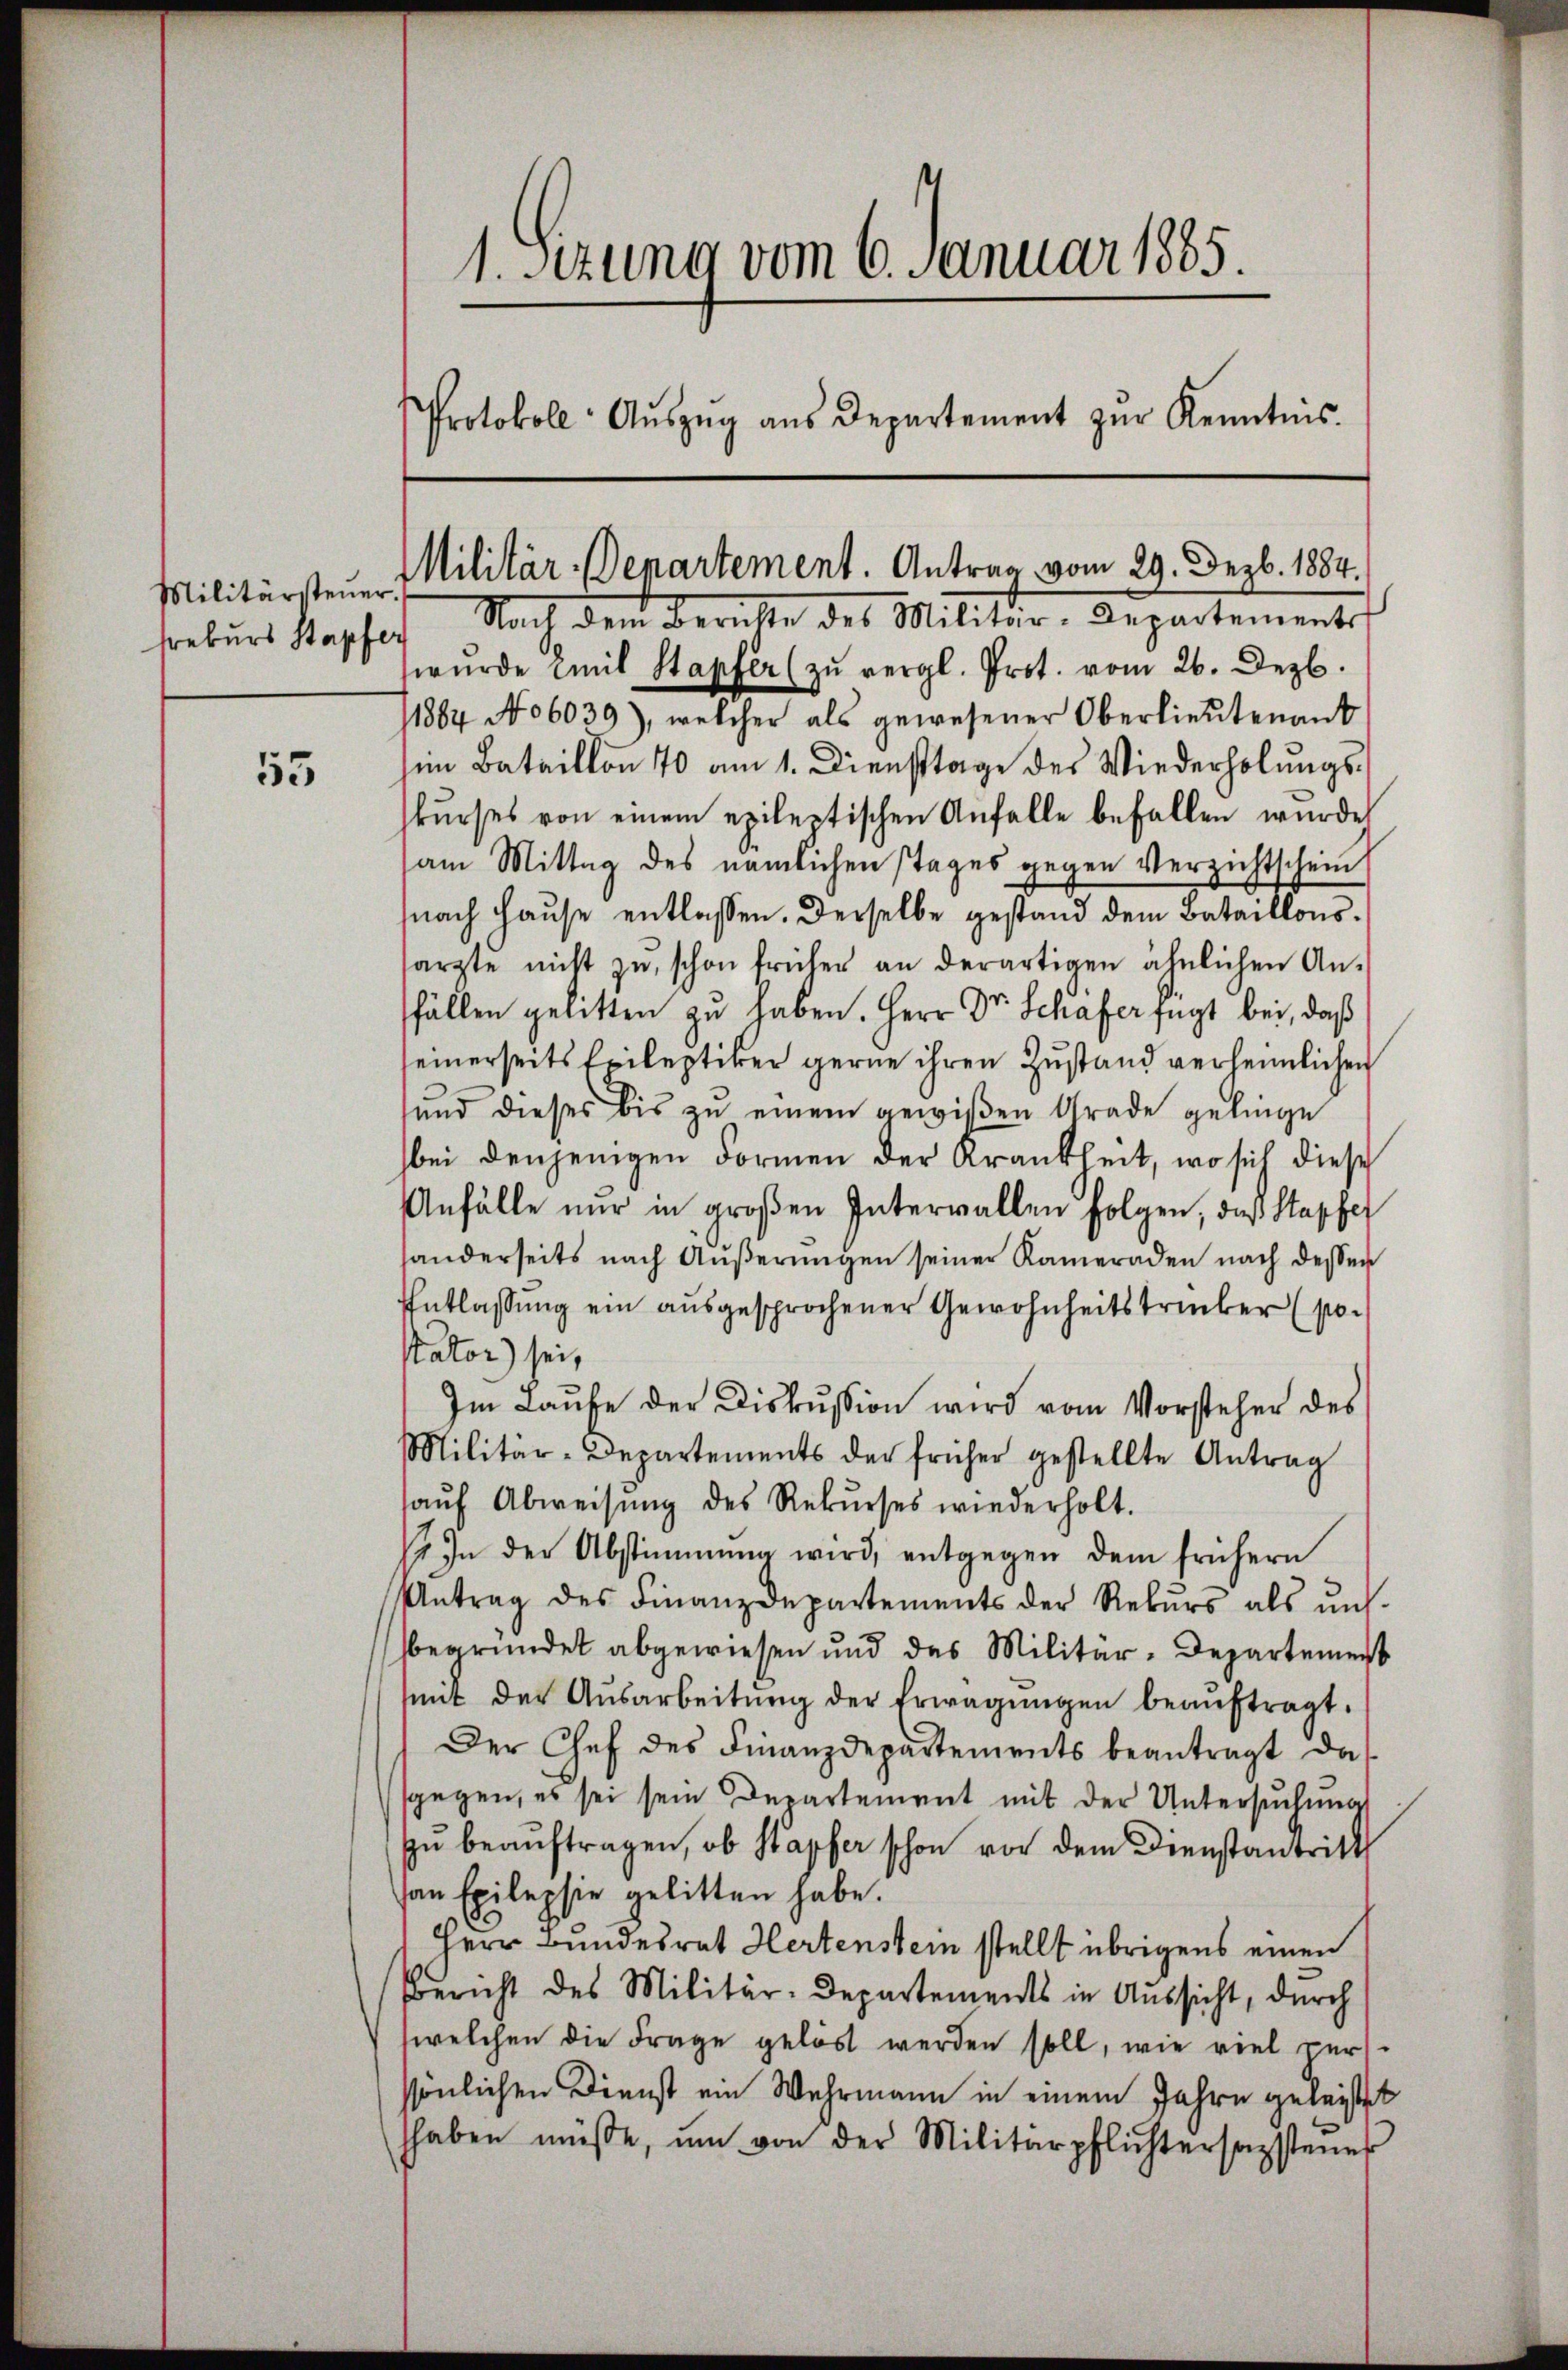
Militärsteuer
rekurs Stapfer

55

1. Sezung vom 6. Januar 1885.
Protokoll- Aŭszŭg aŭs Departement zŭr Kenntnis.

Militär-Departement. Antrag vom 29. Dezb. 1884.

Nach dem Berichte des Militar-Departements
wŭrde mit Stapfer (zŭ vergl. Prot. vom 26. Dezb.
11884 No 6039), welcher als gewesener Oberlieutenant
im Bataillon 70 am 1. Diensttage des Wiederholungs-
kŭrses von einem epileptischen Anfalle befallen wurde
am Mittag des nämlichen Tages gegen Verzichtschein
snach Hause entlassen. Derselbe gestand dem Bataillonssärzte nicht zŭ schon früher an derartigen ähnlichen An-
fällen gelitten zu haben. Herr Dr. Schafer fügt bei, daß
einerseits Epileptiker gerne ihren Zustand verheimlichen
ŭnd dieses bis zŭ einem gewißen Grade gelinge
bei denjenigen Formen der Krankheit, wo sich diese
Anfälle nur in groβen Intervallen folgen, das Stapfer
handerseits nach Aŭβerŭngen seiner Kameraden nach dessen
Entlassung ein ausgesprochener Gewohnheitstrucker (po¬
Nator) sei,
Im Laufe der Diskussion wird vom Vorsteher des
Militär-Departements der früher gestellte Antrag
aŭf Abweisŭng des Rekŭrses wiederholt.
 In der Abstimmung wird, entgegen dem frühern
Antrag des Finanzdepartements der Rekurs als uns.
begründet abgewiesen und das Militär-Departement
(mit der Ausarbeitŭng der Erwägŭngen beaŭftragt.
Der Chef des Finanzdepartements beantragt das
sgegen, es sei sein Departement mit der Untersuchung
zu beauftragen, ob Stapfer schon vor dem Dienstantritt
an Epilepsie gelitten habe.
Herr Bundesrat Hertenstein stellt übrigens einen
Bericht des Militär-Departements in Aussicht, durch
welchen die Frage gelöst werden soll, wie viel zer-
sönlichen Dienst ein Wehrmann in einem Jahre geleistet
hhaben müsse, um von der Militärpflichtersagstener